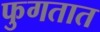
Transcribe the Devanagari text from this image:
फुगतात